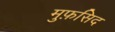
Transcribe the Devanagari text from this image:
मुफ़सिद